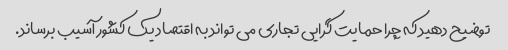
توضیح دهید که چرا حمایت گرایی تجاری می تواند به اقتصاد یک کشور آسیب برساند.